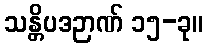
သန္တိပဒဉာဏ် ၁၅-ခု။